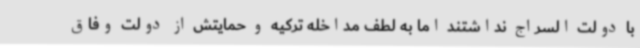
با دولت السراج نداشتند اما به لطف مداخله ترکیه و حمایتش از دولت وفاق